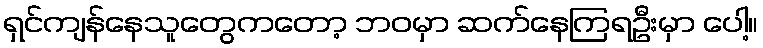
ရှင်ကျန်နေသူတွေကတော့ ဘဝမှာ ဆက်နေကြရဦးမှာ ပေါ့။